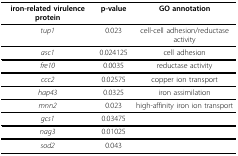
<table><thead><tr><td><b>iron-related virulence protein</b></td><td><b>p-value</b></td><td><b>GO annotation</b></td></tr></thead><tbody><tr><td><i>tup1</i></td><td>0.023</td><td>cell-cell adhesion/reductase activity</td></tr><tr><td><i>asc1</i></td><td>0.024125</td><td>cell adhesion</td></tr><tr><td><i>fre10</i></td><td>0.0035</td><td>reductase activity</td></tr><tr><td><i>ccc2</i></td><td>0.02575</td><td>copper ion transport</td></tr><tr><td><i>hap43</i></td><td>0.0325</td><td>iron assimilation</td></tr><tr><td><i>mnn2</i></td><td>0.023</td><td>high-affinity iron ion transport</td></tr><tr><td><i>gcs1</i></td><td>0.03475</td><td></td></tr><tr><td><i>nag3</i></td><td>0.01025</td><td></td></tr><tr><td><i>sod2</i></td><td>0.043</td><td></td></tr></tbody></table>